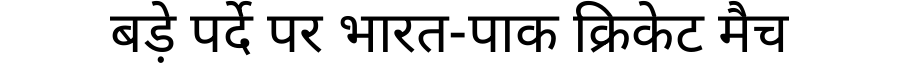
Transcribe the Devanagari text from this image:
बड़े पर्दे पर भारत-पाक क्रिकेट मैच